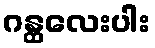
ဂန္ထလေးပါး